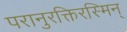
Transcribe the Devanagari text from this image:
परानुरक्तिरस्मिन्‌